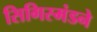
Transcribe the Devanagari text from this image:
सिगिस्मंडने